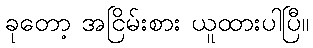
ခုတော့ အငြိမ်းစား ယူထားပါပြီ။